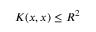
K ( x , x ) \le R ^ { 2 }